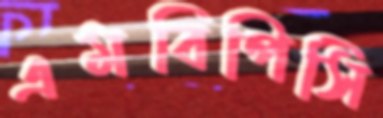
এমবিপিসি